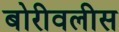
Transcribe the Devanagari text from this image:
बोरीवलीस